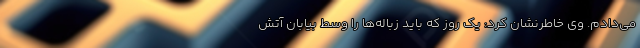
می‌دادم. وی خاطرنشان کرد: یک روز که باید زباله‌ها را وسط بیابان آتش